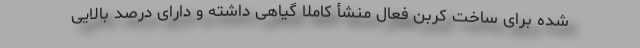
شده برای ساخت کربن فعال منشأ کاملاً گیاهی داشته و دارای درصد بالایی